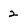
Character: 2